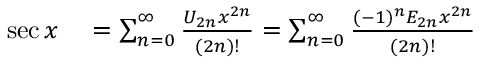
\begin{array} { r l } { \sec x } & { { } { } = \sum _ { n = 0 } ^ { \infty } { \frac { U _ { 2 n } x ^ { 2 n } } { ( 2 n ) ! } } = \sum _ { n = 0 } ^ { \infty } { \frac { ( - 1 ) ^ { n } E _ { 2 n } x ^ { 2 n } } { ( 2 n ) ! } } } \end{array}